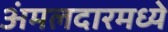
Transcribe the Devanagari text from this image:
अंमलदारमध्ये